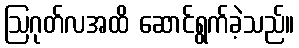
ဩဂုတ်လအထိ ဆောင်ရွက်ခဲ့သည်။